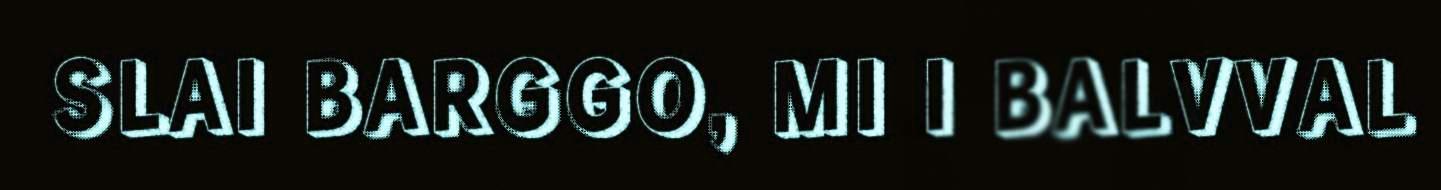
SLAI BARGGO, MI I BALVVAL